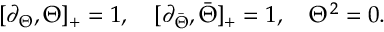
[ \partial _ { \Theta } , \Theta ] _ { + } = 1 , \quad [ \partial _ { \bar { \Theta } } , \bar { \Theta } ] _ { + } = 1 , \quad \Theta ^ { 2 } = 0 .